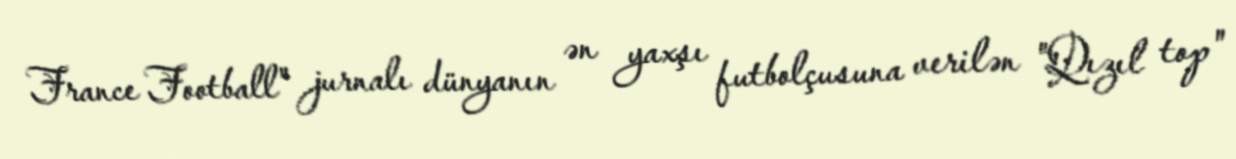
France Football" jurnalı dünyanın ən yaxşı futbolçusuna verilən "Qızıl top"